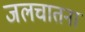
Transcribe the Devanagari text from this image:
जलचातना